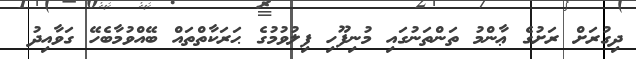
ދިގުރަށް ރަށުގެ ޢާންމު ތަންތަނުގައި މުނިފޫހި ފިލުވުމުގެ ޙަރަކާތްތައް ބޭއްވުމާބެހޭ ގަވާއިދު